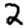
Digit: 2